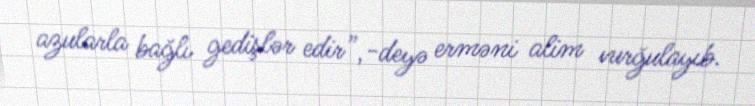
azularla bağlı gedişlər edir”,-deyə erməni alim vurğulayıb.